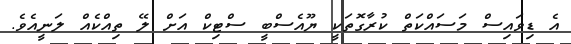
އެ ޑިވައިސް މަސައްކަތް ކުރާގޮތަކީ ޔޫއެސްބީ ސްޓިކް އަށް ލޭ ތިއްކެއް ލަނީއެވެ.